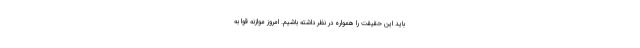
باید این حقیقت را همواره در نظر داشته باشیم. امروز موازنه‌ قوا به